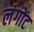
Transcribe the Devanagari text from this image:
लंगोंट